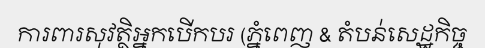
ការពារសុវត្ថិអ្នកបើកបរ (ភ្នំពេញ & តំបន់សេដ្ឋកិច្ច